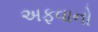
અફવાનો